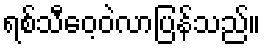
ရစ်သီဝေ့ဝဲလာပြန်သည်။